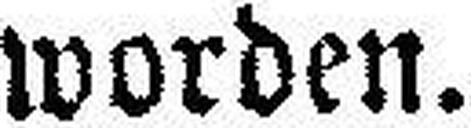
worden.